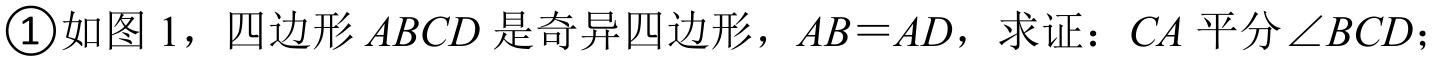
\textcircled{1}如图 1，四边形 \(ABCD\) 是奇异四边形，\(AB = AD\)，求证：\(CA\) 平分 \(\angle BCD\)；